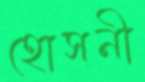
হোসনী